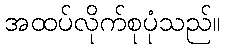
အထပ်လိုက်စုပုံသည်။